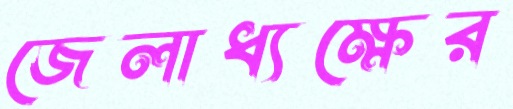
জেলাধ্যক্ষের